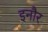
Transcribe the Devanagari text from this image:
इनौर